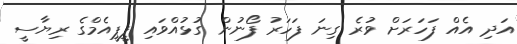
އަދި އެއް ފަހަރަށް ވުރެ ގިނަ ފަހަރު ފޯނުން ގުޅުއްވައި ޕީޕީއެމްގެ ރިޔާސީ